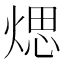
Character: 𤋘